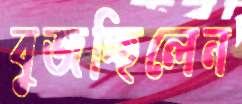
বুজচ্ছিলেন